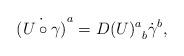
LaTeX: \begin{align*}\dot{(U\circ\gamma)}^a = {D(U)^a}_b \dot{\gamma}^b ,\end{align*}